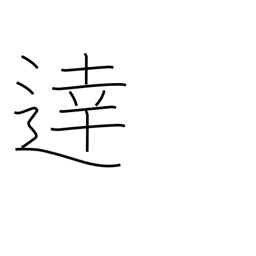
Meaning: intelligent